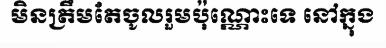
មិនត្រឹមតែចូលរួមប៉ុណ្ណោះទេ នៅក្នុង